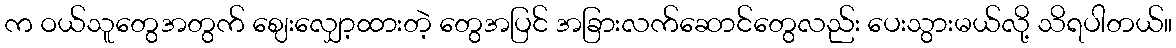
က ဝယ်သူတွေအတွက် ဈေးလျှော့ထားတဲ့ တွေအပြင် အခြားလက်ဆောင်တွေလည်း ပေးသွားမယ်လို့ သိရပါတယ်။